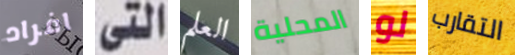
افراد التى العلم المحلية لو التقارب